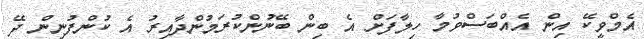
އެމްވީކޭ އިން އެއްބަސްވުމާ ހިލާފަށް އެ ބިން ބޭނުންކުރަމުންދާއިރު އެ ކުންފުނިން ދޭ